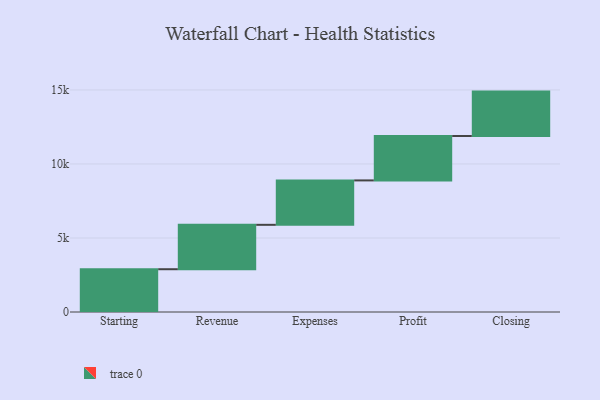
{"axis": {"x": "Step", "y": "Value"}, "legend": [""], "data": [{"x": "Starting", "y": 2890.0, "type": ""}, {"x": "Revenue", "y": 3000, "type": ""}, {"x": "Expenses", "y": 3000, "type": ""}, {"x": "Profit", "y": 3000, "type": ""}, {"x": "Closing", "y": 3000, "type": ""}]}